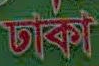
ঢাকা